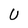
Character: U